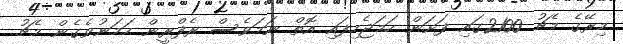
މިރޭގެ މެޗު 2100ގައި ފަށަން ހަމަޖެހިފައި އޮތް ނަމަވެސް ރެފްރީން ހަމަނުވެގެން މެޗު